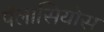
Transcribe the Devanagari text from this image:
पॅलासियोस